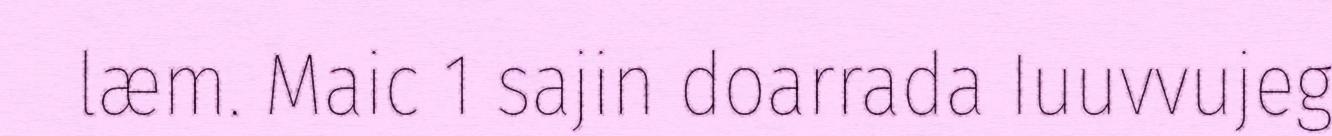
læm. Maic 1 sajin doarrada Iuuvvujeg